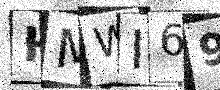
Text: HMWI69